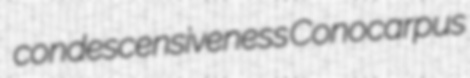
condescensiveness Conocarpus